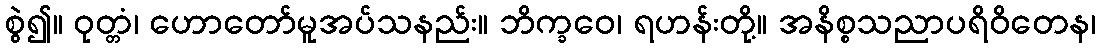
စွဲ၍။ ဝုတ္တံ၊ ဟောတော်မူအပ်သနည်း။ ဘိက္ခဝေ၊ ရဟန်းတို့။ အနိစ္စသညာပရိဝိတေန၊